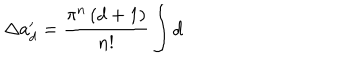
\Delta a _ { d } ^ { \prime } = \frac { \pi ^ { n } \, ( d + 1 ) } { { n } ! } \int \mathrm { d }